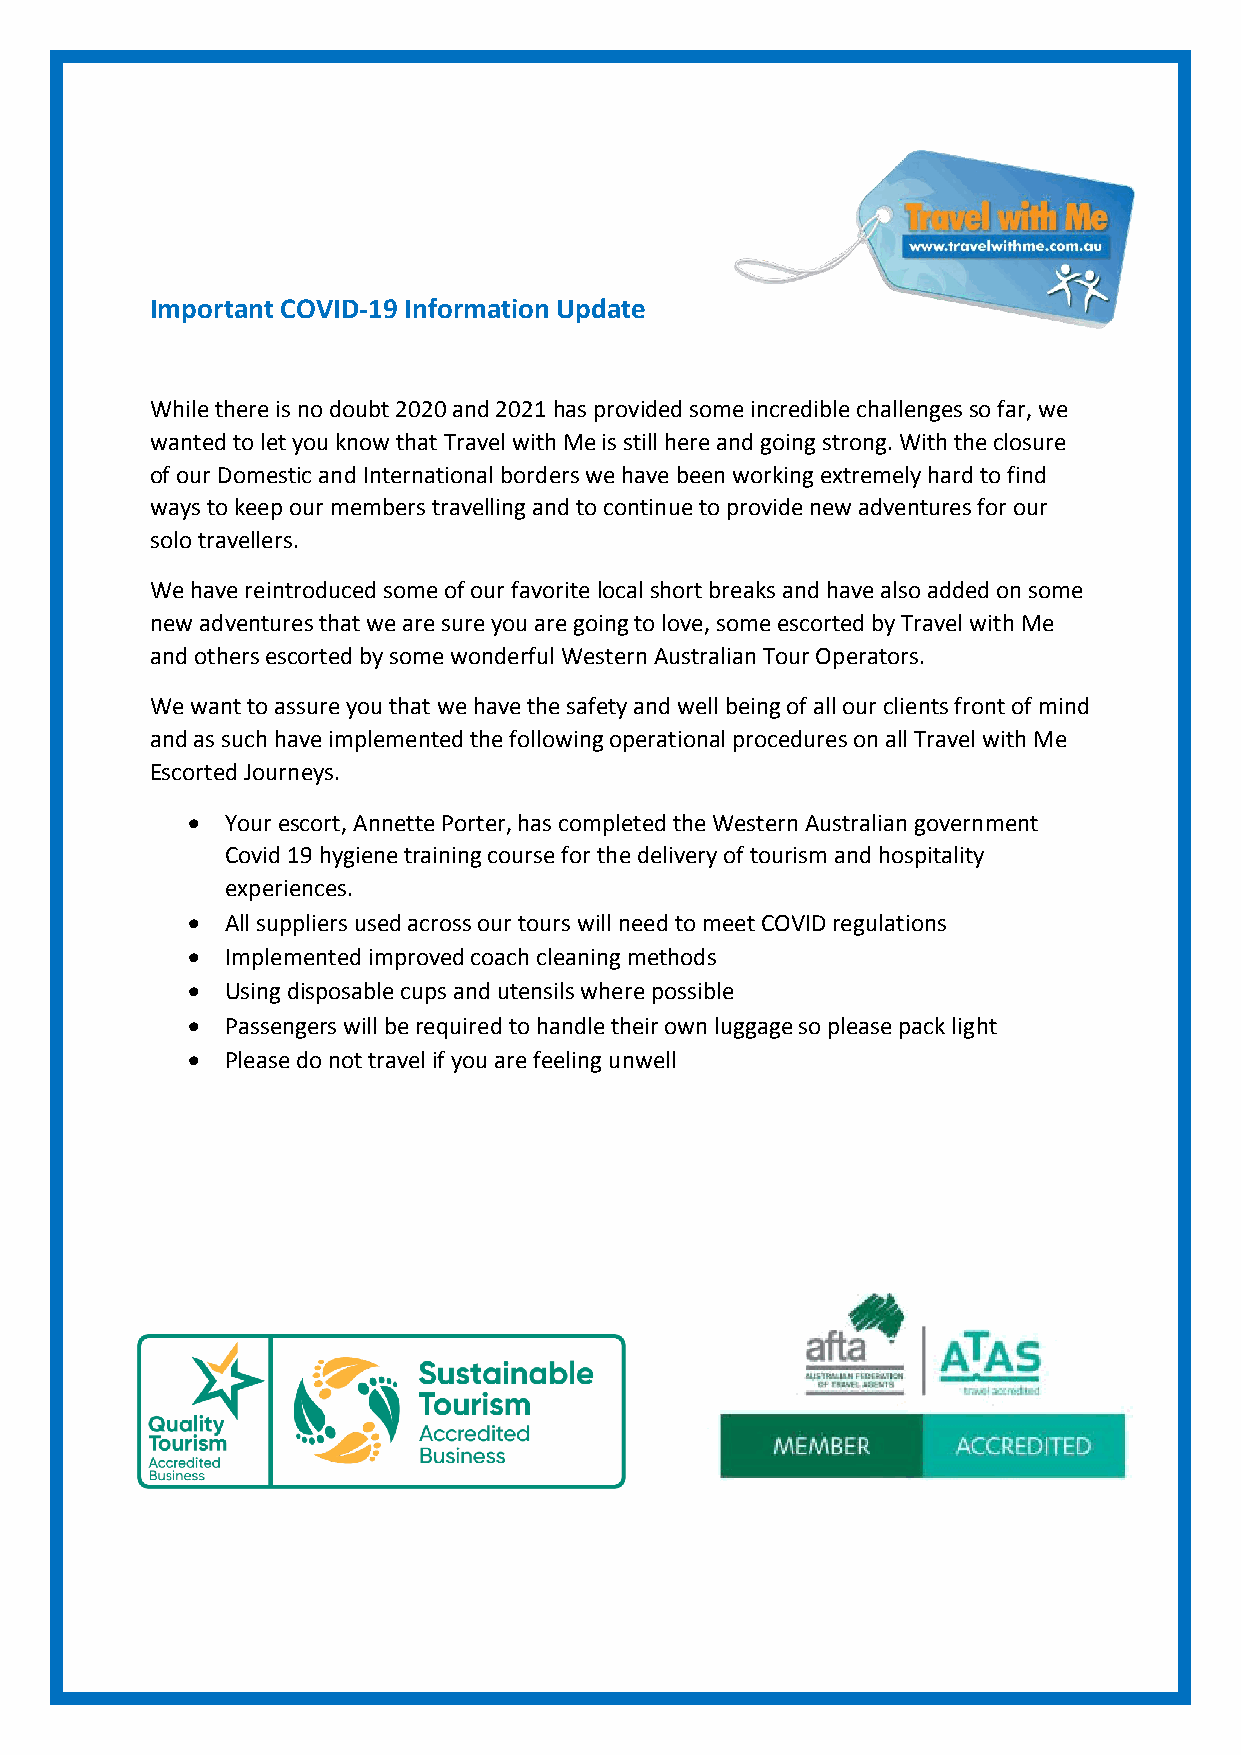
Important COVID-19 Information Update
 While there is no doubt 2020 and 2021 has provided some incredible challenges so far, we
 wanted to let you know that Travel with Me is still here and going strong. With the closure
 of our Domestic and International borders we have been working extremely hard to find
 ways to keep our members travelling and to continue to provide new adventures for our
 solo travellers.
 We have reintroduced some of our favorite local short breaks and have also added on some
 new adventures that we are sure you are going to love, some escorted by Travel with Me
 and others escorted by some wonderful Western Australian Tour Operators.
 We want to assure you that we have the safety and well being of all our clients front of mind
 and as such have implemented the following operational procedures on all Travel with Me
 Escorted Journeys.
 •  Your escort, Annette Porter, has completed the Western Australian government
 Covid 19 hygiene training course for the delivery of tourism and hospitality
 experiences.
 •  All suppliers used across our tours will need to meet COVID regulations
 •  Implemented improved coach cleaning methods
 •  Using disposable cups and utensils where possible
 •  Passengers will be required to handle their own luggage so please pack light
 •  Please do not travel if you are feeling unwell